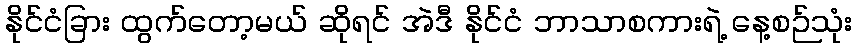
နိုင်ငံခြား ထွက်တော့မယ် ဆိုရင် အဲဒီ နိုင်ငံ ဘာသာစကားရဲ့ နေ့စဉ်သုံး